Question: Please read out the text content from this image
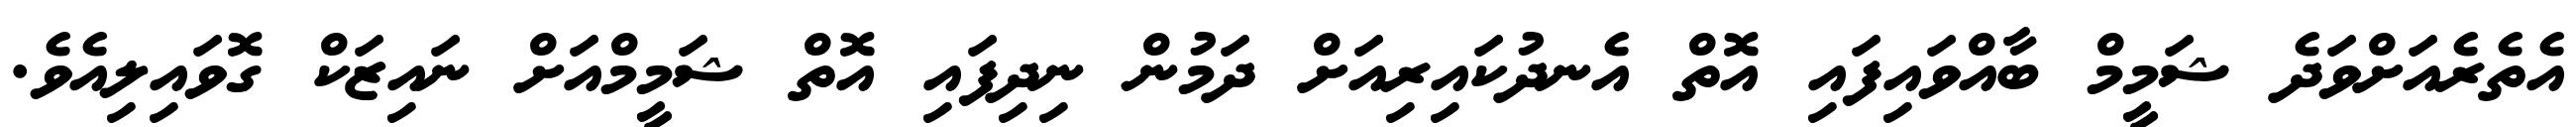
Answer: އެތެރެއަށްވަދެ ޝަމީމް ބާއްވައިފައި އޮތް އެނދުކައިރިއަށް ދަމުން ނިދިފައި އޮތް ޝަމީމްއަށް ނައިޒަކް ގޮވައިލިއެވެ.